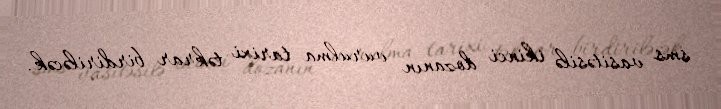
sms vasitəsilə ikinci dozanın vurulma tarixi təkrar birdiriləcək.